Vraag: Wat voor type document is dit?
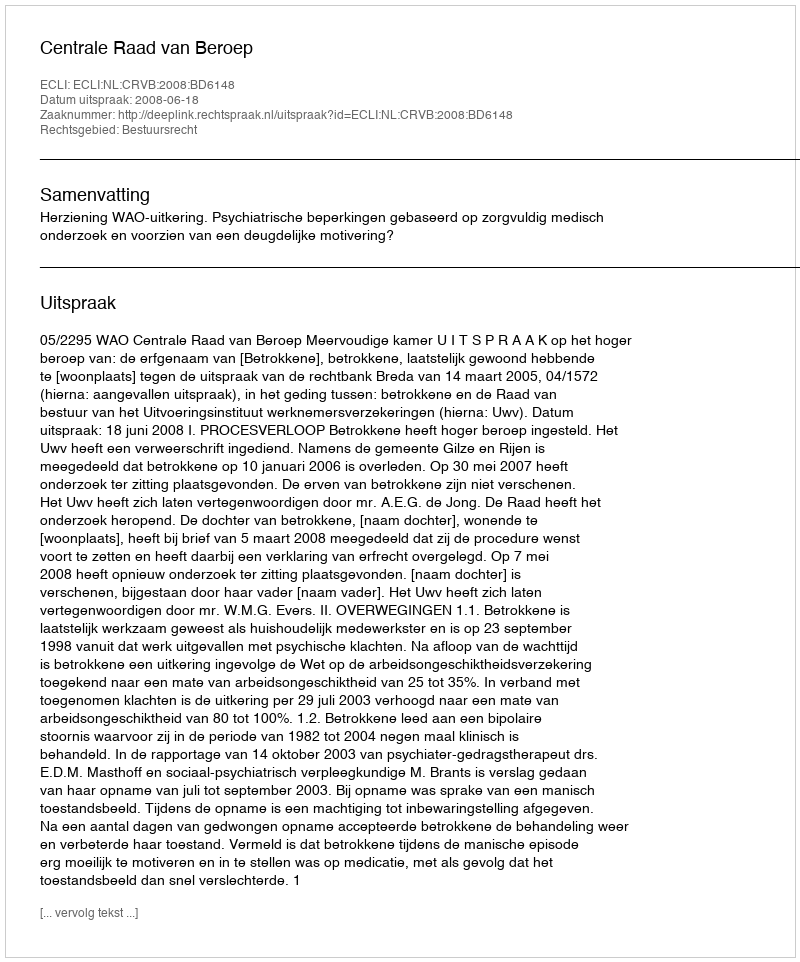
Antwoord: Uitspraak